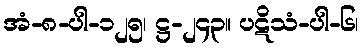
အံ-၈-ပါ-၁၂၅၊ ဋ္ဌ-၂၄၃။ ပဋိသံ-ပါ-၆၊